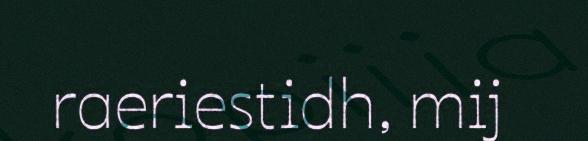
raeriestidh, mij